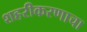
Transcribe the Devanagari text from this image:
शहरीकरणाचा